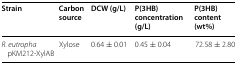
<table><thead><tr><td><b>Strain</b></td><td><b>Carbon source</b></td><td><b>DCW (g/L)</b></td><td><b>P(3HB) concentration (g/L)</b></td><td><b>P(3HB) content (wt%)</b></td></tr></thead><tbody><tr><td><i>R. eutropha</i> pKM212-XylAB</td><td>Xylose</td><td>0.64 ± 0.01</td><td>0.45 ± 0.04</td><td>72.58 ± 2.80</td></tr></tbody></table>